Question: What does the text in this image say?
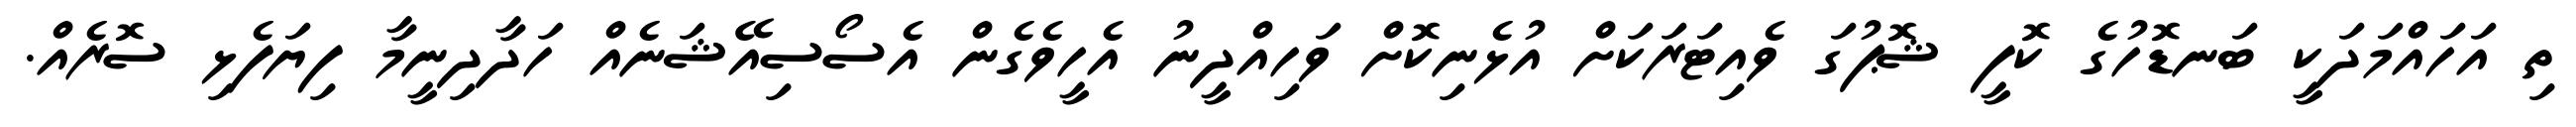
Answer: ތި އަހައްމަދަކީ ބަނޑޮހުގެ ކޮފީ ޝޮޕުގަ ވެއިޓަރަކަށް އުޅެނިކޮށް ވަހިއްދީނު އެހީވެގެން އެސޯސިއޭޝަނެއް ހަދާދިނީމާ ފިޔަފެޅި ސޮރެއް.